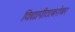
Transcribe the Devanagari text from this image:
विद्यापीठाबरोबर